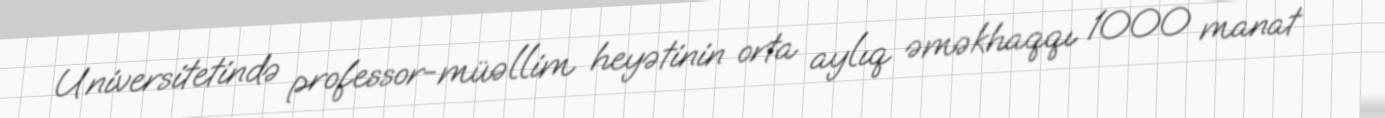
Universitetində professor-müəllim heyətinin orta aylıq əməkhaqqı 1000 manat